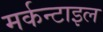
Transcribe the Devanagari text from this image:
मर्कन्टाइल